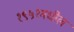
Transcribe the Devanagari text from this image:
१९५१मधील